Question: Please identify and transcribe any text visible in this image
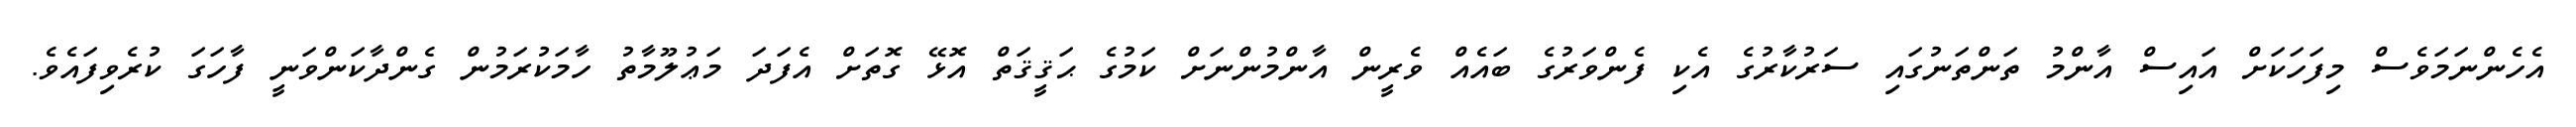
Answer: އެހެންނަމަވެސް މިފަހަކަށް އައިސް އާންމު ތަންތަނުގައި ސަރުކާރުގެ އެކި ފެންވަރުގެ ބައެއް ވެރީން އާންމުންނަށް ކަމުގެ ޙަޤީޤަތް އޮޅޭ ގޮތަށް އެފަދަ މަޢުލޫމާތު ހާމަކުރަމުން ގެންދާކަންވަނީ ފާހަގަ ކުރެވިފައެވެ.